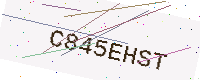
Text: C845EHST